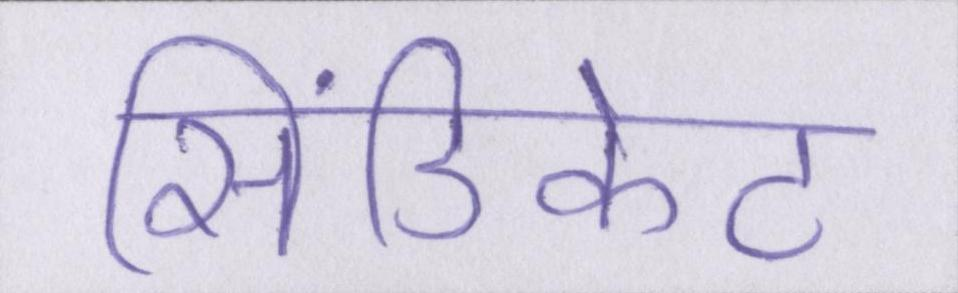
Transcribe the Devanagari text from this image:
सिंडिकेट